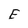
Character: E